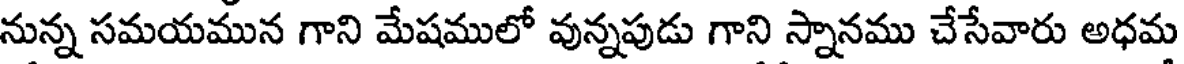
నున్న సమయమున గాని మేషములో వున్నపుడు గాని స్నానము చేసేవారు అధమ